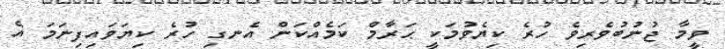
ވީމާ ޖުނުބުވެރިވެ ހުރެ ކިޔެވުމަކީ ޙަރާމް ކަމެއްކަން އެނގި ހުރެ ކިޔަވައިފިނަމަ އެ